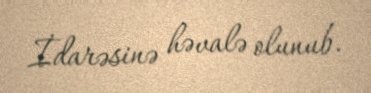
İdarəsinə həvalə olunub.